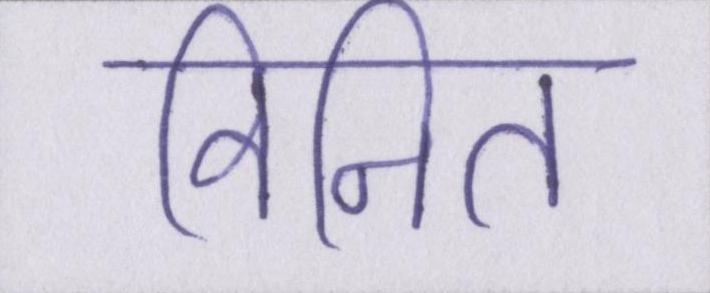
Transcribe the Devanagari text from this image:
विनित